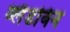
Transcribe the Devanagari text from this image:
ब्लैडविन